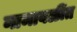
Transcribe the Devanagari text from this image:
नामावळींत